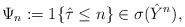
LaTeX: \begin{align*}\Psi_n:=1\{\hat{\tau}\leq n\}\in \sigma(\hat{Y}^n), \end{align*}